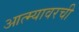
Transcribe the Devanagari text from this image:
आत्म्यावरची